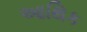
આથિક